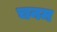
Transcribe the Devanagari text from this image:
चनम